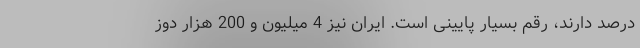
درصد دارند، رقم بسیار پایینی است. ایران نیز 4 میلیون و 200 هزار دوز